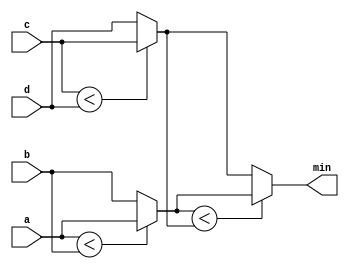
module top_module (
    input [7:0] a, b, c, d,
    output [7:0] min);//
    wire [7:0] mina_b, minc_d;
    assign mina_b = (a<b)? a: b;
    assign minc_d = (c<d)? c: d;
    assign min = (mina_b < minc_d)? mina_b: minc_d;
    // assign intermediate_result1 = compare? true: false;

endmodule